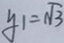
y _ { 1 } = \sqrt { 3 }